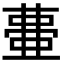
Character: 𭈰